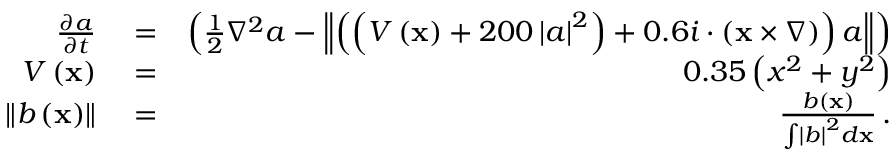
\begin{array} { r l r } { \frac { \partial a } { \partial t } } & { { } = } & { \left( \frac { 1 } { 2 } \nabla ^ { 2 } a - \left\Vert \left( \left( V \left( \mathbf { x } \right) + 2 0 0 \left| a \right| ^ { 2 } \right) + 0 . 6 i \cdot \left( \mathbf { x } \times \nabla \right) \right) a \right\Vert \right) } \\ { V \left( \mathbf { x } \right) } & { { } = } & { 0 . 3 5 \left( x ^ { 2 } + y ^ { 2 } \right) } \\ { \left\Vert b \left( \mathbf { x } \right) \right\Vert } & { { } = } & { \frac { b \left( \mathbf { x } \right) } { \int \left| b \right| ^ { 2 } d \mathbf { x } } \, . } \end{array}